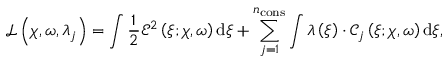
\mathcal { L } \left( \boldsymbol \chi , \omega , \lambda _ { j } \right) = \int \frac { 1 } { 2 } \mathcal { E } ^ { 2 } \left( \xi ; \boldsymbol \chi , \omega \right) \mathrm { d } \xi + \sum _ { j = 1 } ^ { n _ { \mathrm { { c o n s } } } } \int \lambda \left( \xi \right) \cdot \mathcal { C } _ { j } \left( \xi ; \boldsymbol \chi , \omega \right) \mathrm { d } \xi ,